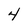
Character: 4